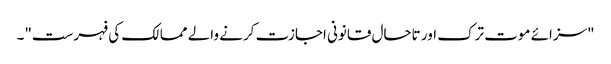
"سزائے موت ترک اور تاحال قانونی اجازت کرنے والے ممالک کی فہرست"۔